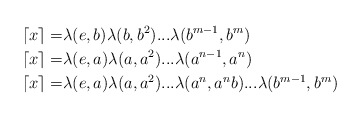
\begin{align*}\lceil x \rceil =& \lambda(e,b)\lambda(b,b^2)...\lambda(b^{m-1},b^m) \\\lceil x \rceil=&\lambda(e,a)\lambda(a,a^2)...\lambda(a^{n-1},a^n) \\\lceil x \rceil=&\lambda(e,a)\lambda(a,a^2)...\lambda(a^n,a^nb)...\lambda(b^{m-1}, b^m)\end{align*}